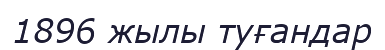
1896 жылы туғандар